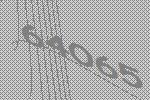
64065